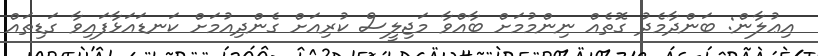
އިޢުލާން: ބަންދާމެދު ގޮތެއް ނިންމުމަށް ބާއްވާ މަޖިލީސް ކުރިއަށް ގެންދިއުމަށް ކަނޑައަޅާފައިވާ ގަޑިތައް